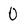
Character: 0